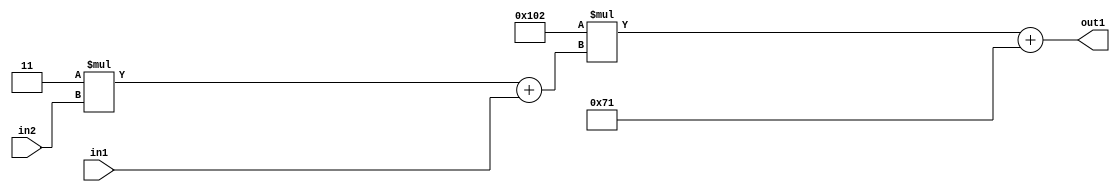
`timescale 1ps / 1ps
/*****************************************************************************
    Verilog RTL Description
    
    
    Created by: Stratus DpOpt 2019.1.01 
*******************************************************************************/

module DC_Filter_Add2i113Mul2i258Add2u1Mul2i3u2_1 (
	in2,
	in1,
	out1
	); /* architecture "behavioural" */ 
input [1:0] in2;
input  in1;
output [11:0] out1;
wire [11:0] asc001;
wire [3:0] asc002;

wire [3:0] asc002_tmp_0;
assign asc002_tmp_0 = 
	+(4'B0011 * in2);
assign asc002 = asc002_tmp_0
	+(in1);

wire [11:0] asc001_tmp_1;
assign asc001_tmp_1 = 
	+(12'B000100000010 * asc002);
assign asc001 = asc001_tmp_1
	+(12'B000001110001);

assign out1 = asc001;
endmodule

/* CADENCE  v7X0TQA= : u9/ySgnWtBlWxVPRXgAZ4Og= ** DO NOT EDIT THIS LINE ******/